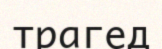
трагед